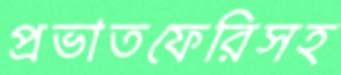
প্রভাতফেরিসহ